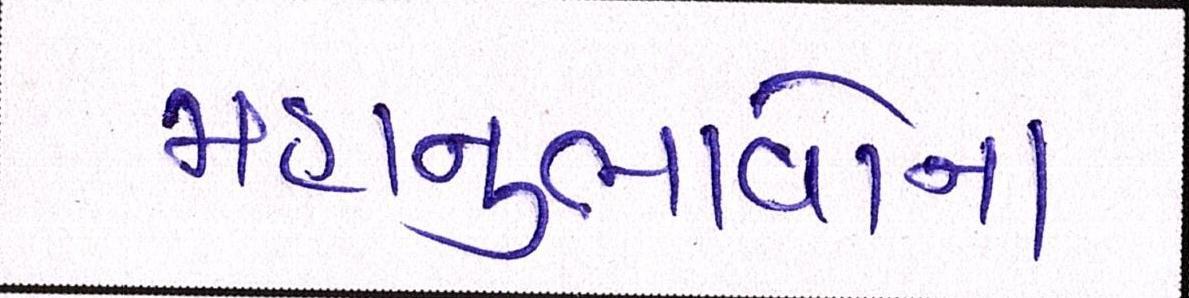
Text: મહાનુભાવોના